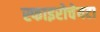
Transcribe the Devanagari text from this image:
स्फाइरोचेयटा